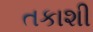
તકાશી